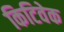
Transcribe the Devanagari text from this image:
किटिवेक